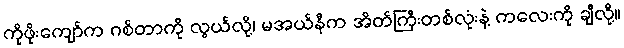
ကိုဖိုးကျော်က ဂစ်တာကို လွယ်လို့၊ မအယ်နီက အိတ်ကြီးတစ်လုံးနဲ့ ကလေးကို ချီလို့။